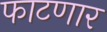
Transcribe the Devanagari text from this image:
फाटणार